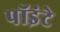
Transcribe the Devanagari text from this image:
पॉइंटे